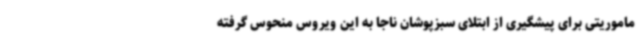
ماموریتی برای پیشگیری از ابتلای سبزپوشان ناجا به این ویروس منحوس گرفته